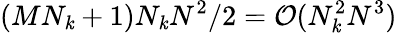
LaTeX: (MN_{\mathit{k}}+1)N_{\mathit{k}}N^{2}/2=\mathcal{{O}}(N_{\mathit{k}}^{2}N^{3})